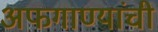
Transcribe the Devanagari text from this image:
अफगाण्यांची